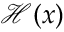
\mathcal { H } ( x )